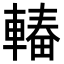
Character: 𮝠